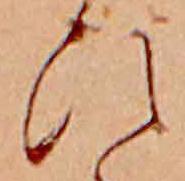
ひ